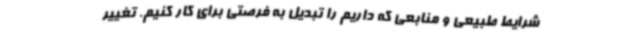
شرایط طبیعی و منابعی که داریم را تبدیل به فرصتی برای کار کنیم. تغییر